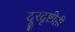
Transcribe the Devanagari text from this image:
दूरदृष्टीही